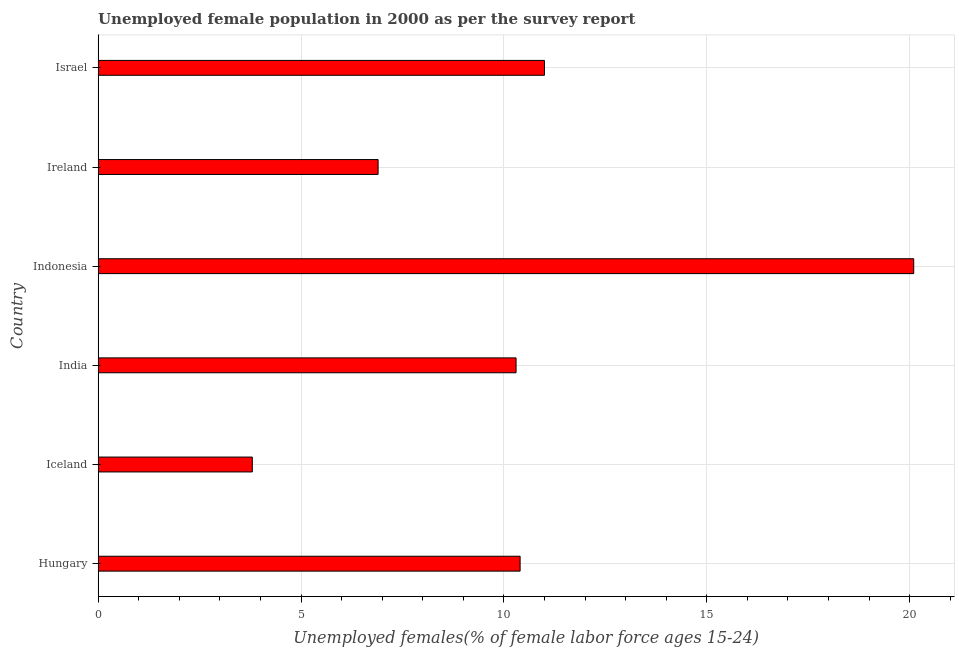
| Country | Unemployment youth female |
 | --- | --- |
 | Hungary | 10.4 |
 | Iceland | 3.8 |
 | India | 10.3 |
 | Indonesia | 20.1 |
 | Ireland | 6.9 |
 | Israel | 11 |